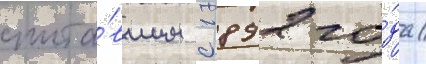
чита́вшим с 1892 го́да